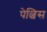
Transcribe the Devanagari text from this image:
पेल्विस